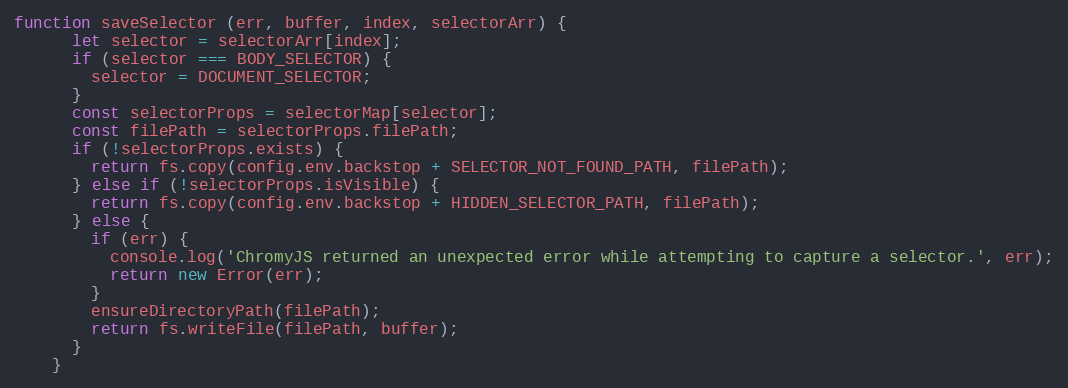
Language: JavaScript
function saveSelector (err, buffer, index, selectorArr) {
      let selector = selectorArr[index];
      if (selector === BODY_SELECTOR) {
        selector = DOCUMENT_SELECTOR;
      }
      const selectorProps = selectorMap[selector];
      const filePath = selectorProps.filePath;
      if (!selectorProps.exists) {
        return fs.copy(config.env.backstop + SELECTOR_NOT_FOUND_PATH, filePath);
      } else if (!selectorProps.isVisible) {
        return fs.copy(config.env.backstop + HIDDEN_SELECTOR_PATH, filePath);
      } else {
        if (err) {
          console.log('ChromyJS returned an unexpected error while attempting to capture a selector.', err);
          return new Error(err);
        }
        ensureDirectoryPath(filePath);
        return fs.writeFile(filePath, buffer);
      }
    }